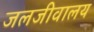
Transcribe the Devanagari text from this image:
जलजीवालय